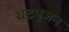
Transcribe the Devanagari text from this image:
घटपूजन